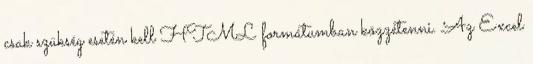
csak szükség esetén kell HTML formátumban közzétenni. Az Excel